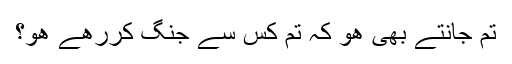
تم جانتے بھی ھو کہ تم کس سے جنگ کررھے ھو؟